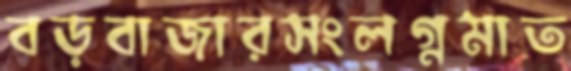
বড়বাজারসংলগ্নমাত